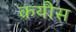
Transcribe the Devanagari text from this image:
कयीस